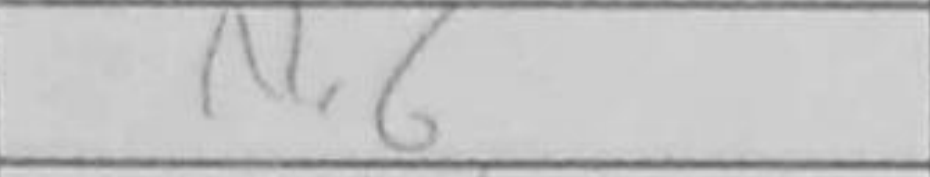
Transcription: Nc6